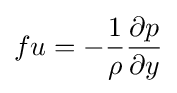
fu=-{\frac {1}{\rho }}{\frac {\partial p}{\partial y}}